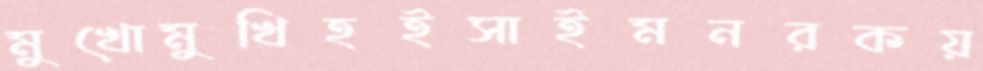
মুখোমুখিহইসাইমনরকয়